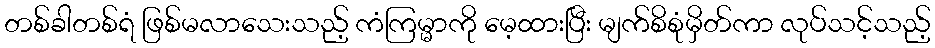
တစ်ခါတစ်ရံ ဖြစ်မလာသေးသည့် ကံကြမ္မာကို မေ့ထားပြီး မျက်စိစုံမှိတ်ကာ လုပ်သင့်သည့်